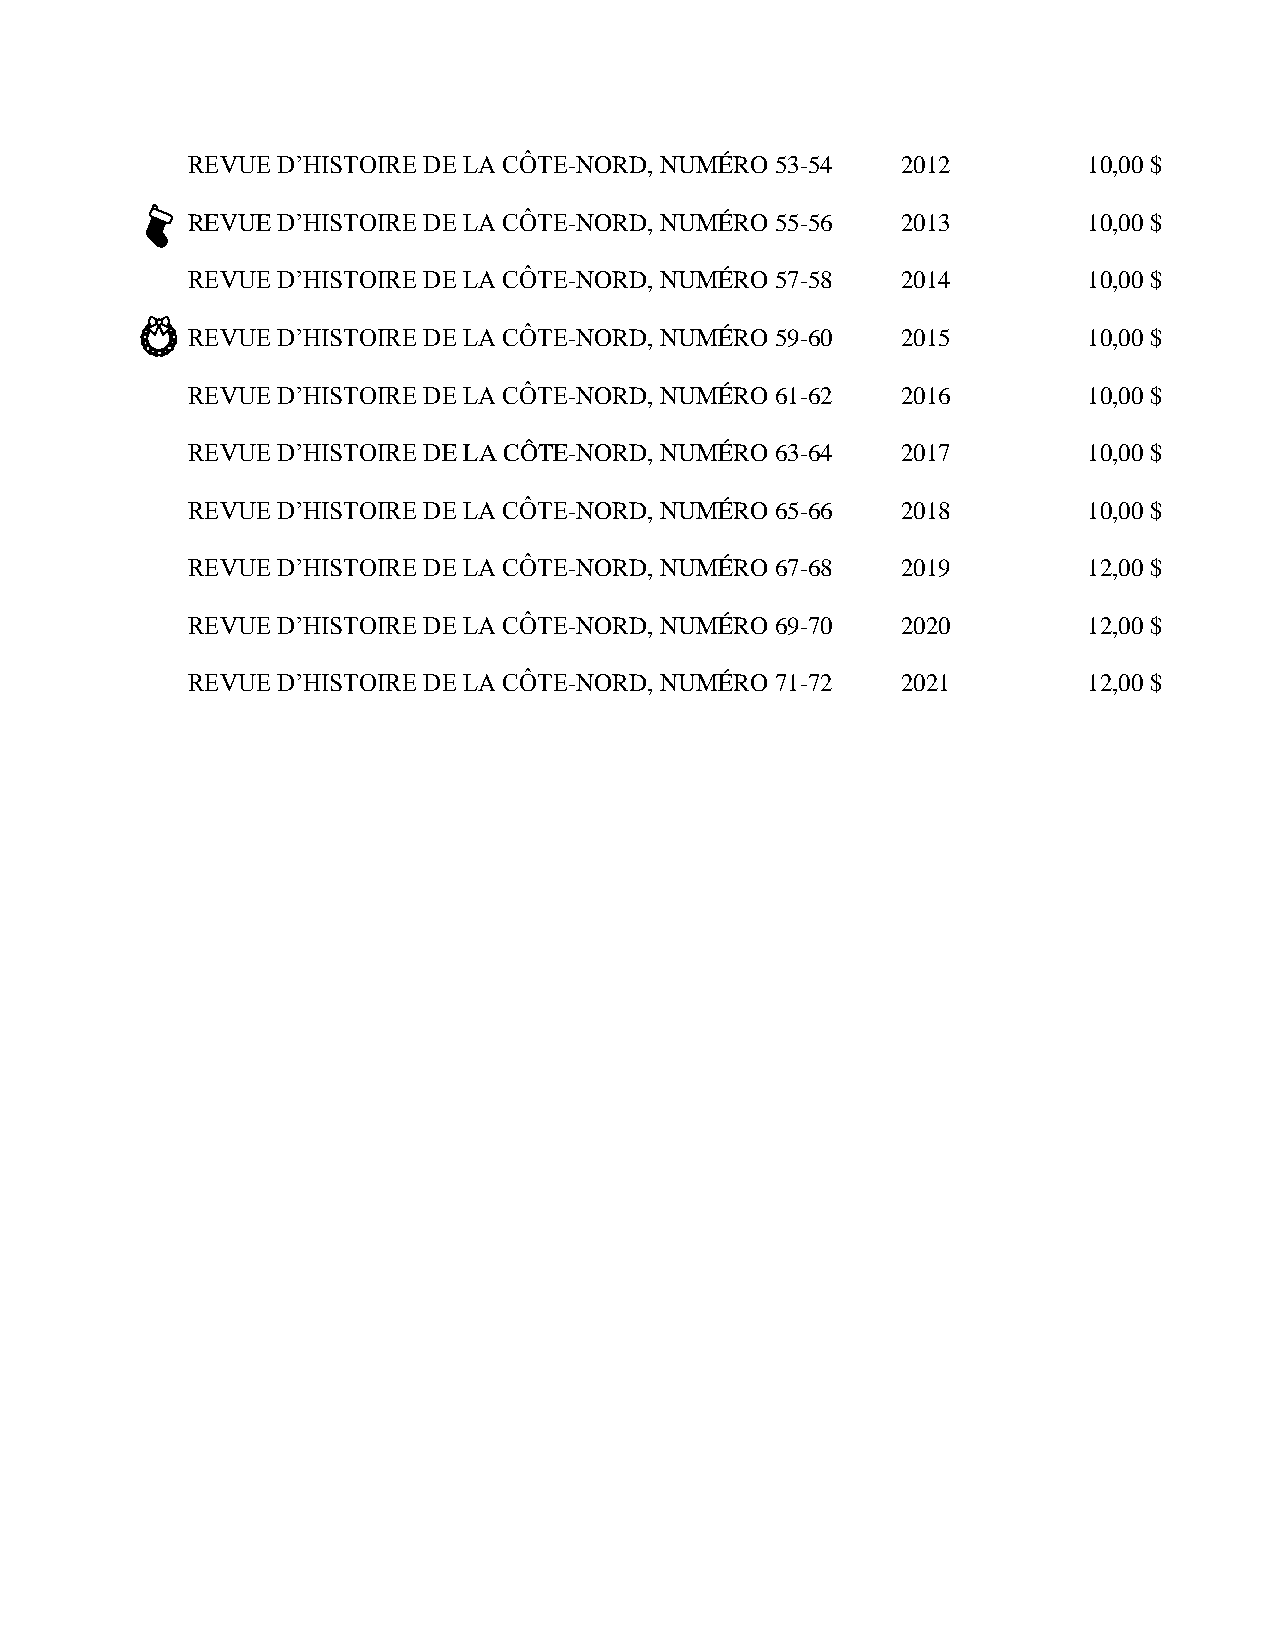
REVUE D’HISTOIRE DE LA CÔTE-NORD, NUMÉRO 53-54  2012        10,00 $
 REVUE D’HISTOIRE DE LA CÔTE-NORD, NUMÉRO 55-56  2013        10,00 $
 REVUE D’HISTOIRE DE LA CÔTE-NORD, NUMÉRO 57-58  2014        10,00 $
 REVUE D’HISTOIRE DE LA CÔTE-NORD, NUMÉRO 59-60  2015        10,00 $
 REVUE D’HISTOIRE DE LA CÔTE-NORD, NUMÉRO 61-62  2016        10,00 $
 REVUE D’HISTOIRE DE LA CÔTE-NORD, NUMÉRO 63-64  2017        10,00 $
 REVUE D’HISTOIRE DE LA CÔTE-NORD, NUMÉRO 65-66  2018        10,00 $
 REVUE D’HISTOIRE DE LA CÔTE-NORD, NUMÉRO 67-68  2019        12,00 $
 REVUE D’HISTOIRE DE LA CÔTE-NORD, NUMÉRO 69-70  2020        12,00 $
 REVUE D’HISTOIRE DE LA CÔTE-NORD, NUMÉRO 71-72  2021        12,00 $